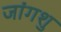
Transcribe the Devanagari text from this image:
जांगशु